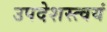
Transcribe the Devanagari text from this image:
उपदेशस्त्वयं